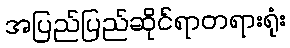
အပြည်ပြည်ဆိုင်ရာတရားရုံး